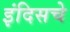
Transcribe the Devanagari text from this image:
इंदिसचे